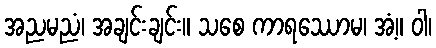
အညမညံ၊ အချင်းချင်း။ သစေ ကာရဿောမ၊ အံ့။ ဝါ၊